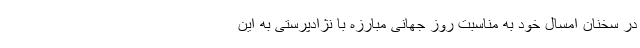
در سخنان امسال خود به مناسبت روز جهانی مبارزه با نژادپرستی به این